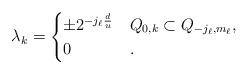
LaTeX: \begin{align*}\lambda_k = \begin{cases} \pm 2^{-j_\ell \frac{d}{u}} & Q_{0,k}\subset Q_{-j_\ell,m_\ell}, \\ 0 & .\end{cases}\end{align*}